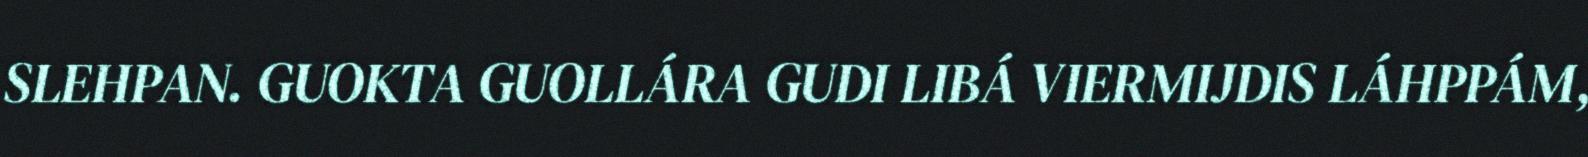
SLEHPAN. GUOKTA GUOLLÁRA GUDI LIBÁ VIERMIJDIS LÁHPPÁM,